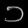
Digit: ၁